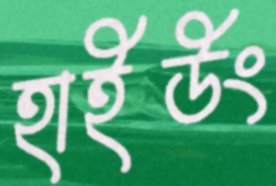
হাইউং